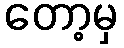
တော့မှ